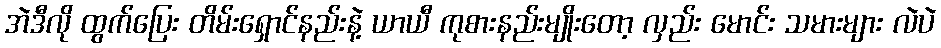
အဲဒီလို ထွက်ပြေး တိမ်းရှောင်နည်းနဲ့ ယာယီ ကုစားနည်းမျိုးတော့ လှည်း မောင်း သမားများ လဲပဲ